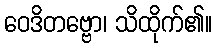
ဝေဒိတဗ္ဗော၊ သိထိုက်၏။